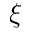
\boldsymbol { \xi }